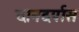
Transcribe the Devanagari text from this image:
दानदर्पास